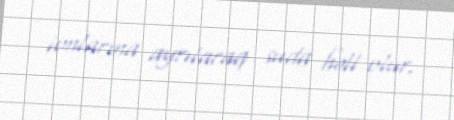
ionlarına ayrılaraq suda həll olur.